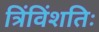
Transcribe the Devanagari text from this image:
त्रिंविंशतिः